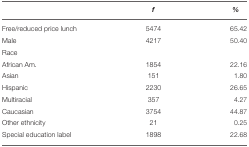
<table><thead><tr><td></td><td><b><i>f</i></b></td><td><b><i>%</i></b></td></tr></thead><tbody><tr><td>Free/reduced price lunch</td><td>5474</td><td>65.42</td></tr><tr><td>Male</td><td>4217</td><td>50.40</td></tr><tr><td>Race</td><td></td><td></td></tr><tr><td>African Am.</td><td>1854</td><td>22.16</td></tr><tr><td>Asian</td><td>151</td><td>1.80</td></tr><tr><td>Hispanic</td><td>2230</td><td>26.65</td></tr><tr><td>Multiracial</td><td>357</td><td>4.27</td></tr><tr><td>Caucasian</td><td>3754</td><td>44.87</td></tr><tr><td>Other ethnicity</td><td>21</td><td>0.25</td></tr><tr><td>Special education label</td><td>1898</td><td>22.68</td></tr></tbody></table>